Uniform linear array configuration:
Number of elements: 64
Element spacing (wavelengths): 1
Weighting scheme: hamming
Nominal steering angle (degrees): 60
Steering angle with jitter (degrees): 61.661
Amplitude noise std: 0.05
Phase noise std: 0.05

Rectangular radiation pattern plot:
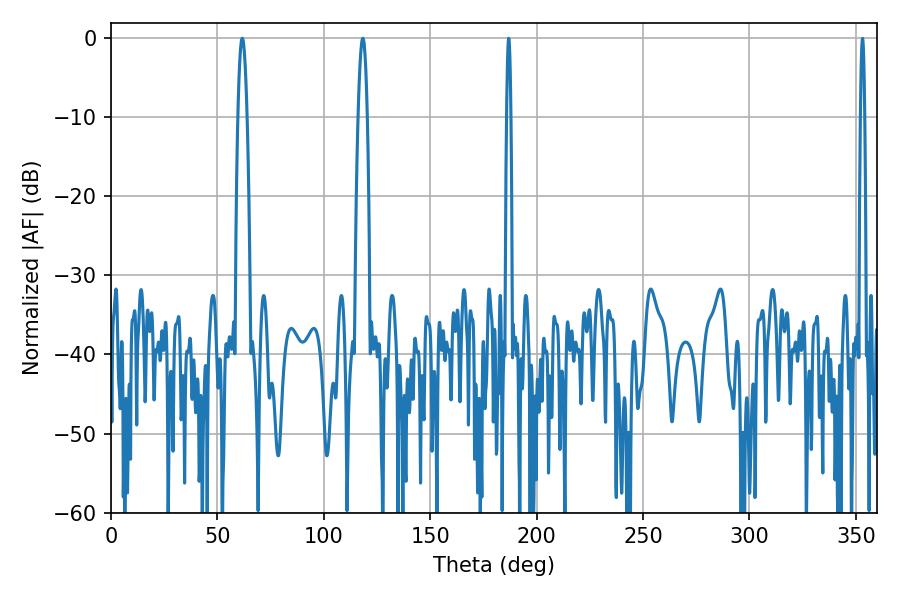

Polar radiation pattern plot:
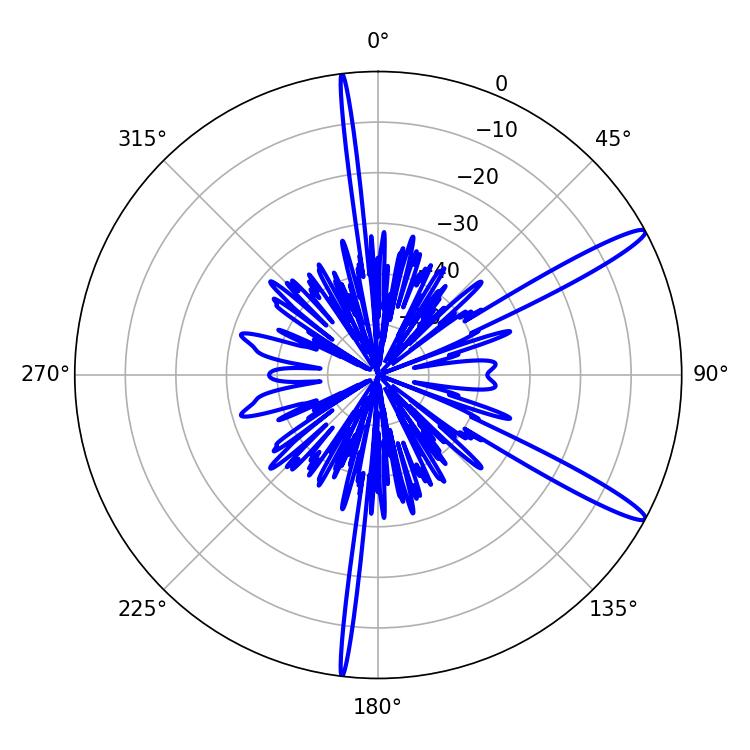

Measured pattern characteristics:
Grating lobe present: TRUE
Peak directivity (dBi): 14.282
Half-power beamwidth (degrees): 2.34
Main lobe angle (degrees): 61.74